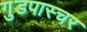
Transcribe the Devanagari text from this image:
गुडपास्चर